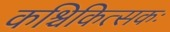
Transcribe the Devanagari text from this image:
कश्चिकित्सकः